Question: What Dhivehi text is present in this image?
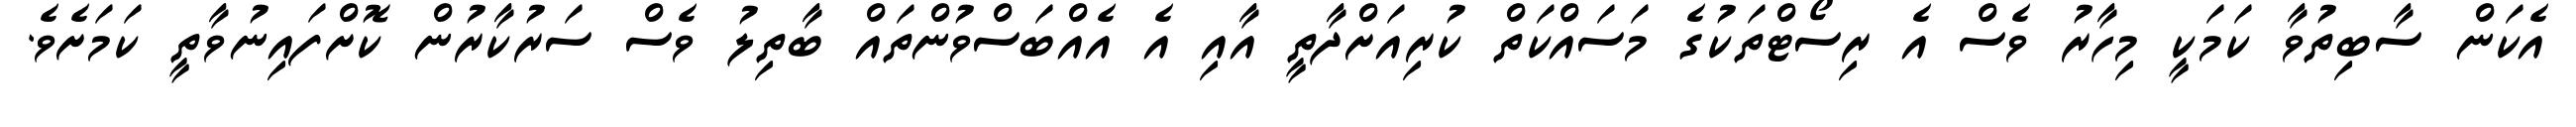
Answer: އެކަން ސާބިތުވާ ކަމަކީ މިހާރު ވެސް އެ ރިސޯޓްތަކުގެ މަސައްކަތް ކުރިއަށްދާތީ އާއި އެ އެއްބަސްވުންތައް ބާތިލު ވެސް ސަރުކާރުން ކޮށްފައިނުވާތީ ކަމަށެވެ.